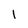
Character: I